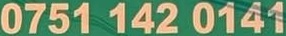
0751 142 0141